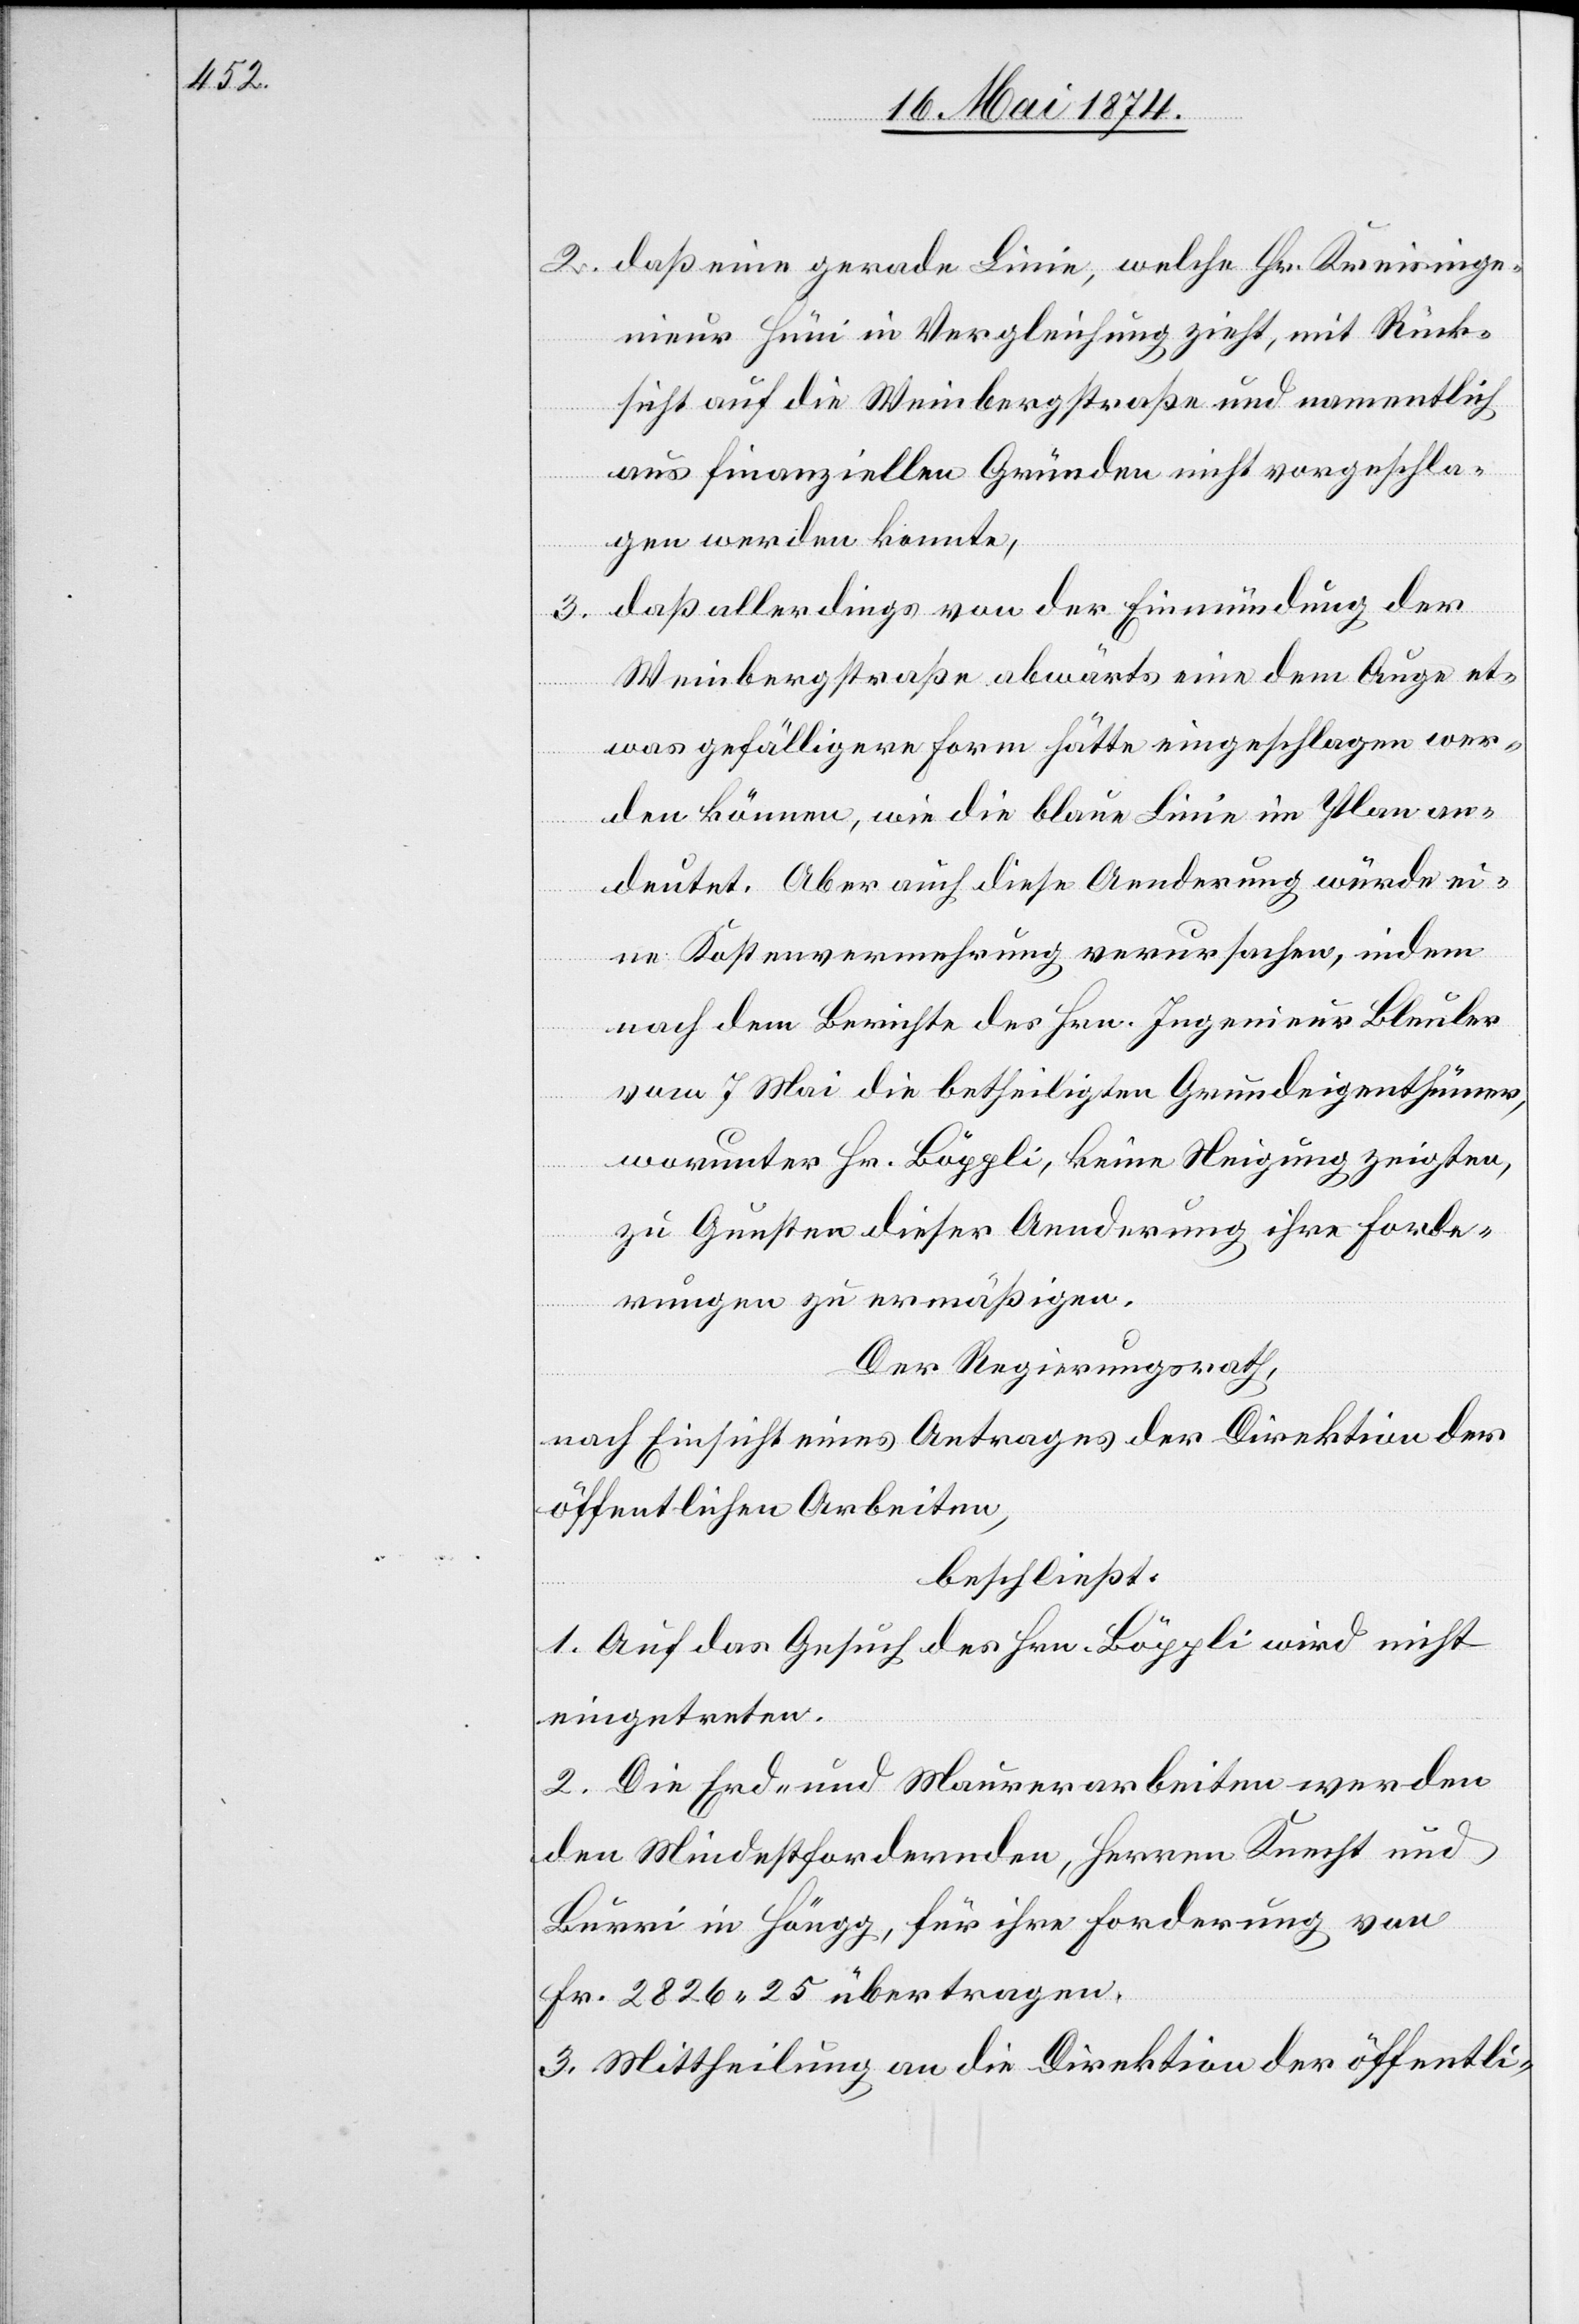
2. daß eine gerade Linie, welche Hr. Kreisinge¬
nieur Hüni in Vergleichung zieht, mit Rück¬
sicht auf die Weinbergstraße und namentlich
aus finanziellen Gründen nicht vorgeschla¬
gen werden konnte;
3. daß allerdings von der Einmündung der
Weinbergstraße abwärts eine dem Auge et¬
was gefälligere Form hätte eingeschlagen wer¬
den können, wie die blaue Linie im Plan an¬
deutet. Aber auch diese Aenderung würde ei¬
ne Kostenvermehrung verursachen, indem
nach dem Berichte des Hrn. Ingenieur Bleuler
vom 7. Mai die betheiligten Grundeigenthümer,
worunter Hr. Böppli, keine Neigung zeigten,
zu Gunsten dieser Aenderung ihre Forde¬
rungen zu ermäßigen.
Der Regierungsrath,
nach Einsicht eines Antrages der Direktion der
öffentlichen Arbeiten,
beschließt:
1. Auf das Gesuch des Hrn. Böppli wird nicht
eingetreten.
2. Die Erd- und Maurerarbeiten werden
den Mindestfordernden, Herren Knecht und
Burri in Höngg, für ihre Forderung von
Fr. 2826.25 übertragen.
3. Mittheilung an die Direktion der öffentli-